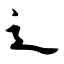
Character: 辶